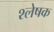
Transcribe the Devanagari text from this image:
श्लेषक